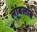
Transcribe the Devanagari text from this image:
लांबलांब